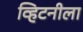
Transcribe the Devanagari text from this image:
व्हिटनीला